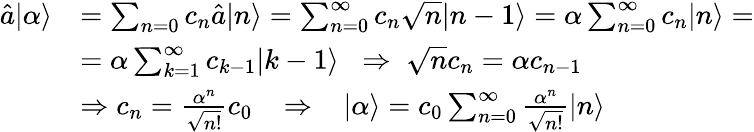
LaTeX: \begin{array}{rl}{\hat{a}|\alpha\rangle}&{=\sum_{n=0}c_{n}\hat{a}|n\rangle=\sum_{n=0}^{\infty}c_{n}\sqrt{n}|n-1\rangle=\alpha\sum_{n=0}^{\infty}c_{n}|n\rangle=}\\ &{=\alpha\sum_{k=1}^{\infty}c_{k-1}|k-1\rangle\; \; \Rightarrow\; \sqrt{n}c_{n}=\alpha c_{n-1}}\\ &{\Rightarrow c_{n}=\frac{\alpha^{n}}{\sqrt{n!}}c_{0}\; \; \; \Rightarrow\; \; \; |\alpha\rangle=c_{0}\sum_{n=0}^{\infty}\frac{\alpha^{n}}{\sqrt{n!}}|n\rangle}\end{array}